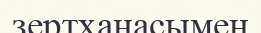
зертханасымен